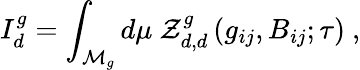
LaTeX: I_{d}^{g}=\int_{{\cal{M}}_{g}}d\mu~\mathcal{Z}_{d,d}^{g}\left(g_{ij},B_{ij};\tau\right)\ ,